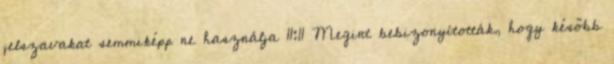
jelszavakat semmiképp ne használja 11:11 Megint bebizonyították, hogy később